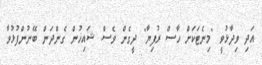
އަދި ވިދާޅުވީ "މިނެޓަކަށް ހާސް ރުފިޔާ" ދީގެން ވެސް ޝައިޚުން ގެންދަން ބޭނުންފުޅުވާ